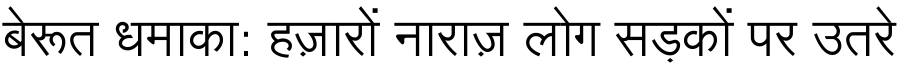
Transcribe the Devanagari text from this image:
बेरूत धमाका: हज़ारों नाराज़ लोग सड़कों पर उतरे